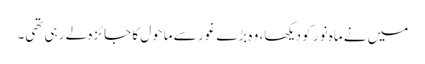
میں نے ماہ نور کو دیکھا، وہ بڑے غور سے ماحول کا جائزہ لے رہی تھی۔